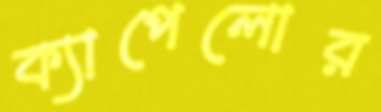
ক্যাপেলোর